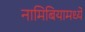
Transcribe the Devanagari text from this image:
नामिबियामध्ये